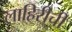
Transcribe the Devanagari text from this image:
लाहिरीची